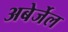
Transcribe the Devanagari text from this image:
अबेर्जेल